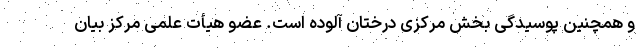
و همچنین پوسیدگی بخش مرکزی درختان آلوده است. عضو هیأت علمی مرکز بیان